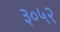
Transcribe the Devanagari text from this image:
३०५२